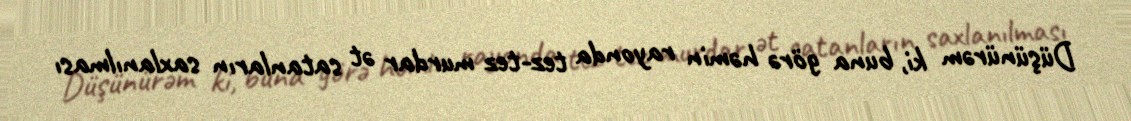
Düşünürəm ki, buna görə həmin rayonda tez-tez murdar ət satanların saxlanılması